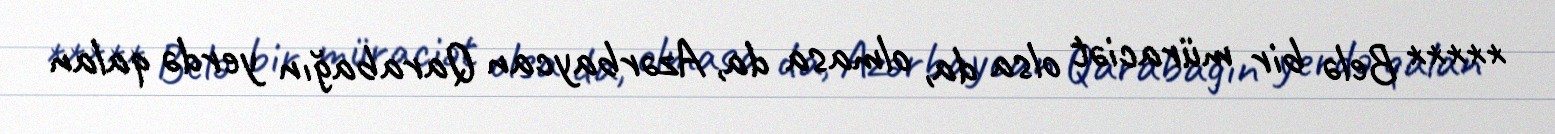
***** Belə bir müraciət olsa da, olmasa da, Azərbaycan Qarabağın yerdə qalan